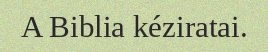
A Biblia kéziratai.